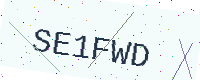
Text: SE1FWD